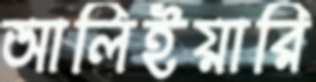
আলিইয়ারি